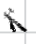
Text: in
Cross-out: diagonal
Writing tool: digital_black